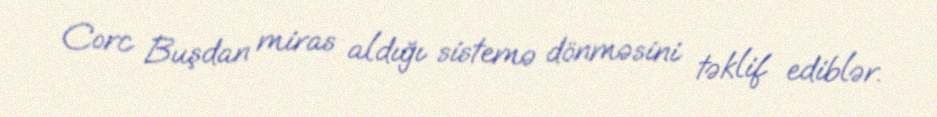
Corc Buşdan miras aldığı sistemə dönməsini təklif ediblər.